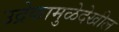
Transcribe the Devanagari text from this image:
उद्रेकामुळेदेखील